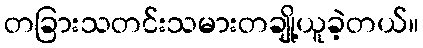
တခြားသတင်းသမားတချို့ယူခဲ့တယ်။